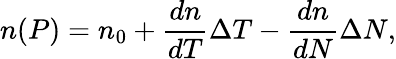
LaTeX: n(P)=n_{0}+\frac{dn}{dT}\Delta T-\frac{dn}{dN}\Delta N,